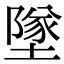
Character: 墜